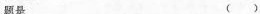
题是 ()